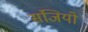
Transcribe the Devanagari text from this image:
संजियो